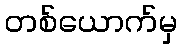
တစ်ယောက်မှ